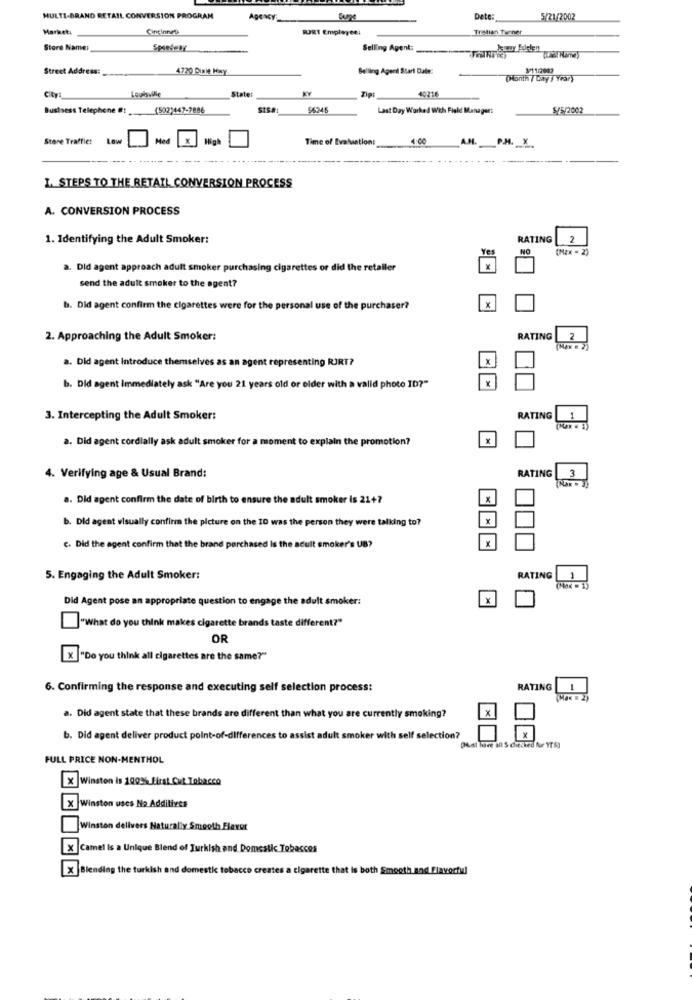
MULTI-BRAND RETAIL CONVERSION PROGRAM
Dete:
5/21/2002
Marketi
Cincinnati
FORT Employee:
Trellian Turner
Store Name:
Selling Agent:
Street Address:
4720 Dixie HAY
Belling Agecil Start Date
(Month / Day ) Yran)
City
State:
Ziet
40216
Louisvile
Business Telephone !!
(502)447-7886
SIS#
Last Day Worked With Field Managert
5/5/2002
Store Trafflet
Low
Med
Time of Evaluation:
A.N. P.M ._ X
-
1. STEPS TO THE RETAIL CONVERSION PROCESS
A. CONVERSION PROCESS
1. Identifying the Adult Smoker:
RATING
2
Yes
NO
(Max = 2)
a. Did agent approach adult smoker purchasing cigarettes or did the retaller
send the adult smoker to the agent?
b. Did agent confirm the cigarettes were for the personal use of the purchaser?
X
2. Approaching the Adult Smoker:
RATING
(Max # 2]
a. Did agent Introduce themselves as an agent representing RJRT?
X
b. Did agent Immediately ask "Are you 21 years old or older with a valid photo ID?"
1
3. Intercepting the Adult Smoker:
RATING
a. Did agent cordially ask adult smoker for a moment to explain the promotion?
x
3
4. Verifying age & Usual Brand:
RATING
a. Did agent confirm the date of birth to ensure the adult smoker is 21+?
X
b. Did agent visually confirm the picture on the 10 was the person they were talking to?
X
C. Did the agent confirm that the brand purchased is the acult smoker's UB?
5. Engaging the Adult Smoker:
RATING
1
(Max = 1)
Did Agent pose an appropriate question to engage the adult smoker:
x
"What do you think makes cigare
tte brand
different?"
OR
X "Do you think all cigarettes are the same?"
6. Confirming the response and executing self selection process:
RATING
(Max = 2)
x
a. Did agent state that these brands are different than what you are currently smoking?
X
b. Did agent deliver product point-of-differences to assist adult smoker with self selection?
DAust have all S checked fur YT &3
FULL PRICE NON-MENTHOL
X Winston is 100% First Cut Tobacco
X Winston uses No Additives
Winston delivers Naturally Smooth Flavor
X Camel Is a Unique Blend of Turkish and Domestic Tobaccos
X Blending the turkish and domestic tobacco creates a cigarette that is both Smooth and Flavortil